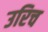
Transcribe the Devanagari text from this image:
उरिच